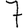
Digit: 7